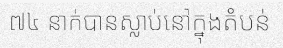
៧៤ នាក់បានស្លាប់នៅក្នុងតំបន់